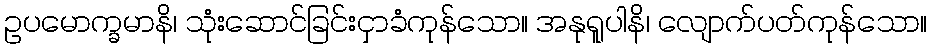
ဥပမောက္ခမာနိ၊ သုံးဆောင်ခြင်းငှာခံကုန်သော။ အနုရူပါနိ၊ လျောက်ပတ်ကုန်သော။